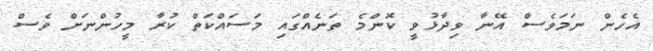
އެހެން ނަމަވެސް އޭނާ ވިދާޅުވީ ކޮންމެ ތަނެއްގައި މަސައްކަތް ކުރާ މީހުންނަށް ވެސް